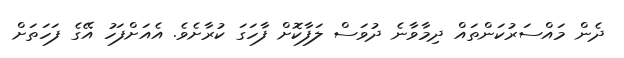
ދެން މައްސަރުކަންތައް ދިމާވާނެ ދުވަސް ލަފާކޮށް ފާހަގަ ކުރާށެވެ. އެއަށްފަހު އޭގެ ފަހަތަށް